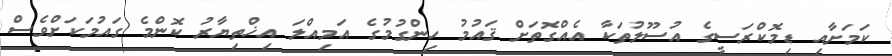
ކަމަށާއި ޑިމޮކްރަސީގެ އުސޫލުތަކާ އެއްގޮތަށް ޤައުމު ހިންގުމުގެ އަމިއްލަ އިޚްތިޔާރު ކޮންމެ ގައުމަކަށްވެސް